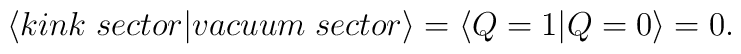
\left< kink\; sector|vacuum\; sector\right> =\left< Q=1|Q=0\right> =0.